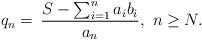
LaTeX: \begin{align*}q_{n}=\,\frac{S-\sum_{i=1}^{n}a_{i}b_{i}}{a_{n}},\,\,n\geq N.\end{align*}